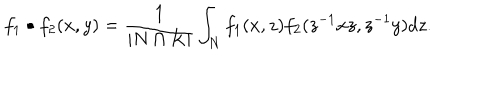
LaTeX: f _ { 1 } \bullet f _ { 2 } ( x , y ) = \frac { 1 } { | N \cap K | } \int _ { N } f _ { 1 } ( x , z ) f _ { 2 } ( z ^ { - 1 } x z , z ^ { - 1 } y ) d z .